Document type: Dowry acquittance
Year: 1427
Scribe: Pere Tarafa
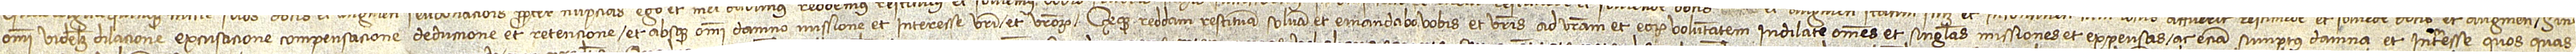
omni videlicet dilacione, excusacione, compensacione, deduccione et retencione et absque omni damno, missione et interesse vestri et vestrorum. Quodque reddam, restituam, solvam et emandabo vobis et vestris ad vestram et eorum voluntatem indilate omnes et singulas missiones et expensas ac etiam sumptus, damna et interesse quos, quas